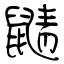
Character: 鼱